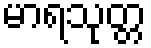
မာရသုတ္တ